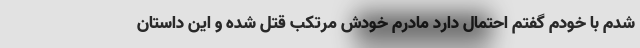
شدم با خودم گفتم احتمال دارد مادرم خودش مرتکب قتل شده و این داستان